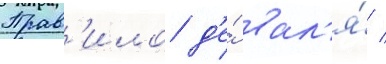
Прав'ило д'е́ вал'я́ /